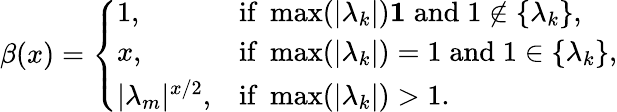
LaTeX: \beta(x)=\left\{ \begin{array}{ll}{1,}&{\mathrm{if}\; \operatorname*{max}(|\lambda_{k}|)\le 1\; \mathrm{and}\; 1\notin\{ \lambda_{k}\} ,}\\ {x,}&{\mathrm{if}\; \operatorname*{max}(|\lambda_{k}|)=1\; \mathrm{and}\; 1\in\{ \lambda_{k}\} ,}\\ {|\lambda_{m}|^{x/2},}&{\mathrm{if}\; \operatorname*{max}(|\lambda_{k}|)>1.}\end{array}\right.